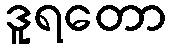
ဒူရတော